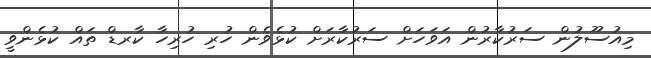
މިއުސޫލުން ސަރުކާރުން އަވަހަށް ސަރުކާރަށް ކުޅެވެން ހުރި ހުރިހާ ކާރޑް ތައް ކުޅެންވީ